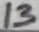
Text: 13